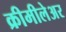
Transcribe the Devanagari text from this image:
क्रीमीलेअर